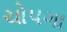
ચોપગા